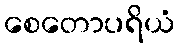
စေတောပရိယံ